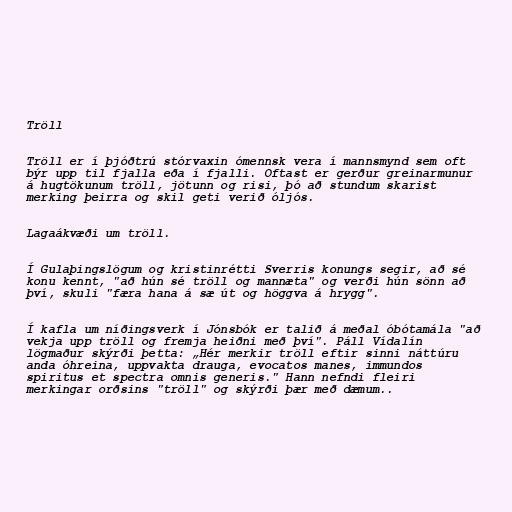
Tröll

Tröll er í þjóðtrú stórvaxin ómennsk vera í mannsmynd sem oft
býr upp til fjalla eða í fjalli. Oftast er gerður greinarmunur
á hugtökunum tröll, jötunn og risi, þó að stundum skarist
merking þeirra og skil geti verið óljós.

Lagaákvæði um tröll.

Í Gulaþingslögum og kristinrétti Sverris konungs segir, að sé
konu kennt, "að hún sé tröll og mannæta" og verði hún sönn að
því, skuli "færa hana á sæ út og höggva á hrygg".

Í kafla um níðingsverk í Jónsbók er talið á meðal óbótamála "að
vekja upp tröll og fremja heiðni með því". Páll Vídalín
lögmaður skýrði þetta: „Hér merkir tröll eftir sinni náttúru
anda óhreina, uppvakta drauga, evocatos manes, immundos
spiritus et spectra omnis generis." Hann nefndi fleiri
merkingar orðsins "tröll" og skýrði þær með dæmum..